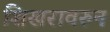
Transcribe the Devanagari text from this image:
शिखरावरुन